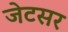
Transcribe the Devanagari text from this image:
जेटसर